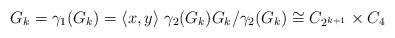
LaTeX: \begin{align*}G_k = \gamma_1(G_k) = \langle x,y \rangle \; \gamma_2(G_k) G_k/\gamma_2(G_k) \cong C_{2^{k+1}} \times C_{4}\end{align*}